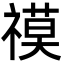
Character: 𮂓